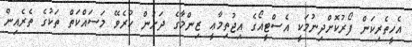
އެހީތެރިކަން ފޯރުކޮށްދިނުމަކީ އެސްޓީއޯގެ އިޖުތިމާޢީ ޒިންމާގެ ދަށުން ކުރެވޭ މަސައްކަތް ތަކުގެ ތެރެއިން